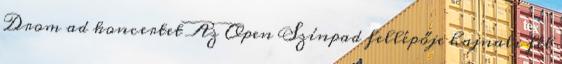
Drom ad koncertet Az Open Színpad fellépője hajnali fél